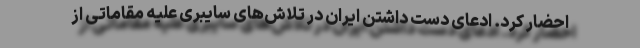
احضار کرد. ادعای دست داشتن ایران در تلاش‌های سایبری علیه مقاماتی از